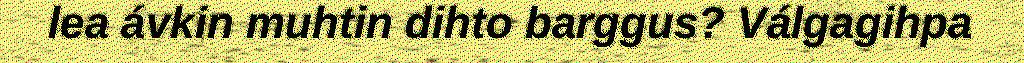
lea ávkin muhtin dihto barggus? Válgagihpa